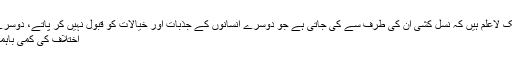
وہ تاریخ کے سبق سے المناک حد تک لاعلم ہیں کہ نسل کشی ان کی طرف سے کی جاتی ہے جو دوسرے انسانوں کے جذبات اور خیالات کو قبول نہیں کر پاتے، دوسرے الفاظ میں: اس کی طرح کے لوگ
اختلاف کی کمی باہمی تعلقات پر بھی اثر انداز ہوتی ہے۔